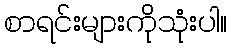
စာရင်းများကိုသုံးပါ။